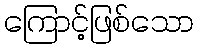
ကြောင့်ဖြစ်သော